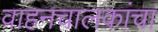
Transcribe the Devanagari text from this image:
वाहनचालकांचा